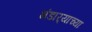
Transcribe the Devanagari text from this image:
भंडार्‍याच्या